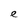
Character: e